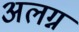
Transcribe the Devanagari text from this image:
अलग्न